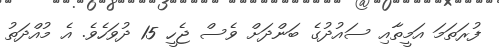
ފުރަތަމަ އަމީތާއި ސައުދުގެ ބަންދަށް ވެސް ޖެހީ 15 ދުވަހެވެ. އެ މުއްދަތު